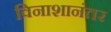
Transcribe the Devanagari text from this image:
विनाशानंतर